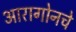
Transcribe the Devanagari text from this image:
आरागोनचे